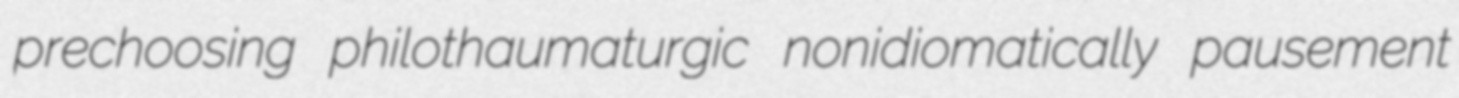
prechoosing philothaumaturgic nonidiomatically pausement